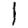
Digit: 1